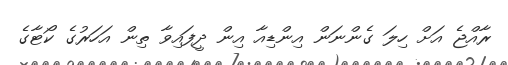
ރާއްޖެ އަށް ހިލަ ގެންނަން އިންޑިއާ އިން ދީފައިވާ ތިން އަހަރުގެ ކޯޓާގެ